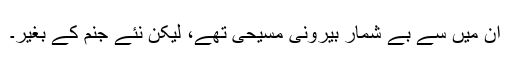
اُن میں سے بے شمار بیرونی مسیحی تھے، لیکن نئے جنم کے بغیر۔